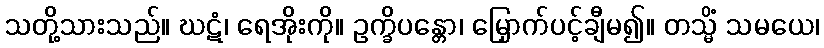
သတို့သားသည်။ ဃဋံ၊ ရေအိုးကို။ ဥက္ခိပန္တော၊ မြှောက်ပင့်ချီမ၍။ တသ္မိံ သမယေ၊